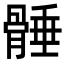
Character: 𩩞